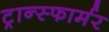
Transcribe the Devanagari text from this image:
ट्रान्स्फार्मर